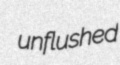
unflushed